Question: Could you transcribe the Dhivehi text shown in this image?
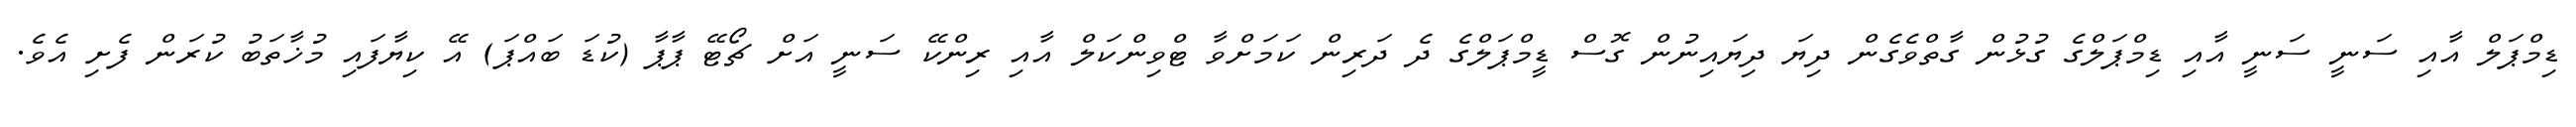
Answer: ޑިމްޕަލް އާއި ސަނީ ސަނީ އާއި ޑިމްޕަލްގެ ގުޅުން ގާތްވެގެން ދިޔަ ދިޔައިނުން ގޮސް ޑީމްޕަލްގެ ދެ ދަރިން ކަމަށްވާ ޓްވިންކަލް އާއި ރިންކޭ ސަނީ އަށް ޗޯޓޭ ޕާޕާ (ކުޑަ ބައްޕަ) އޭ ކިޔާފައި މުޚާތަބު ކުރަން ފެށި އެވެ.